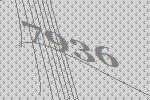
7936